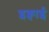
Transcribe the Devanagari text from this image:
इक्वाई